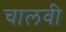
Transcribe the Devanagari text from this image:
चालवी